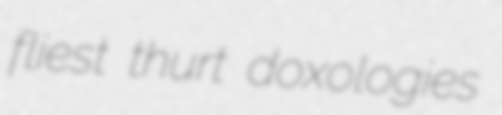
fliest thurt doxologies